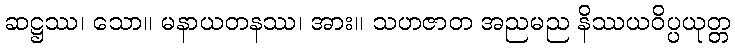
ဆဋ္ဌဿ၊ သော။ မနာယတနဿ၊ အား။ သဟဇာတ အညမည နိဿယဝိပ္ပယုတ္တ